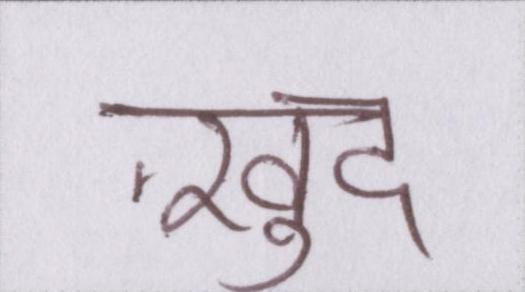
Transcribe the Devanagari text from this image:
ख़ुद